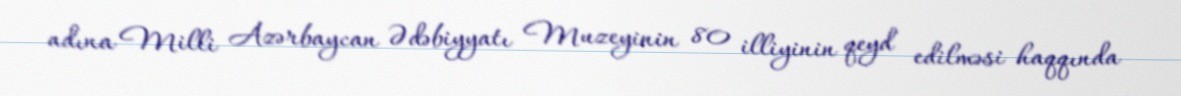
adına Milli Azərbaycan Ədəbiyyatı Muzeyinin 80 illiyinin qeyd edilməsi haqqında